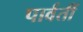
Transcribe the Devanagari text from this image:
पार्वतीं